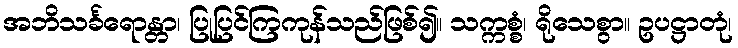
အဘိသင်္ခရောန္တာ၊ ပြုပြင်ကြကုန်သည်ဖြစ်၍။ သက္ကစ္စံ၊ ရိုသေစွာ။ ဥပဋ္ဌာတုံ၊